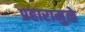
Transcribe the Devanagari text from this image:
प्रहारामुळे